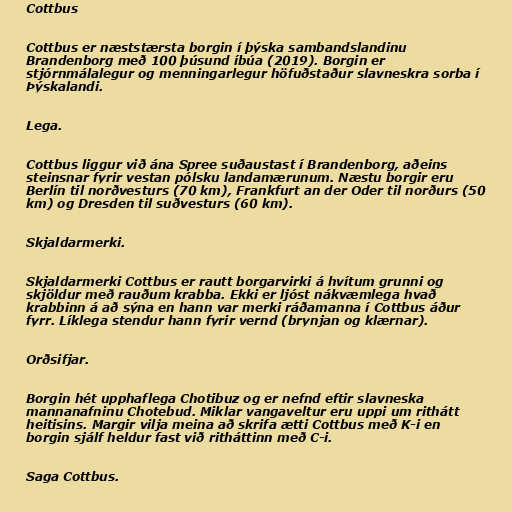
Cottbus

Cottbus er næststærsta borgin í þýska sambandslandinu
Brandenborg með 100 þúsund íbúa (2019). Borgin er
stjórnmálalegur og menningarlegur höfuðstaður slavneskra sorba í
Þýskalandi.

Lega.

Cottbus liggur við ána Spree suðaustast í Brandenborg, aðeins
steinsnar fyrir vestan pólsku landamærunum. Næstu borgir eru
Berlín til norðvesturs (70 km), Frankfurt an der Oder til norðurs (50
km) og Dresden til suðvesturs (60 km).

Skjaldarmerki.

Skjaldarmerki Cottbus er rautt borgarvirki á hvítum grunni og
skjöldur með rauðum krabba. Ekki er ljóst nákvæmlega hvað
krabbinn á að sýna en hann var merki ráðamanna í Cottbus áður
fyrr. Líklega stendur hann fyrir vernd (brynjan og klærnar).

Orðsifjar.

Borgin hét upphaflega Chotibuz og er nefnd eftir slavneska
mannanafninu Chotebud. Miklar vangaveltur eru uppi um rithátt
heitisins. Margir vilja meina að skrifa ætti Cottbus með K-i en
borgin sjálf heldur fast við ritháttinn með C-i.

Saga Cottbus.